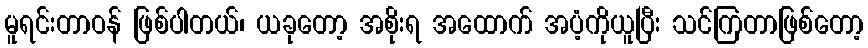
မူရင်းတာဝန် ဖြစ်ပါတယ်၊ ယခုတော့ အစိုးရ အထောက် အပံ့ကိုယူပြီး သင်ကြတာဖြစ်တော့